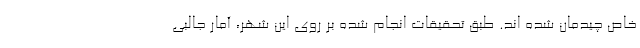
خاص چیدمان شده اند. طبق تحقیقات انجام شده بر روی این شهر، آمار جالبی